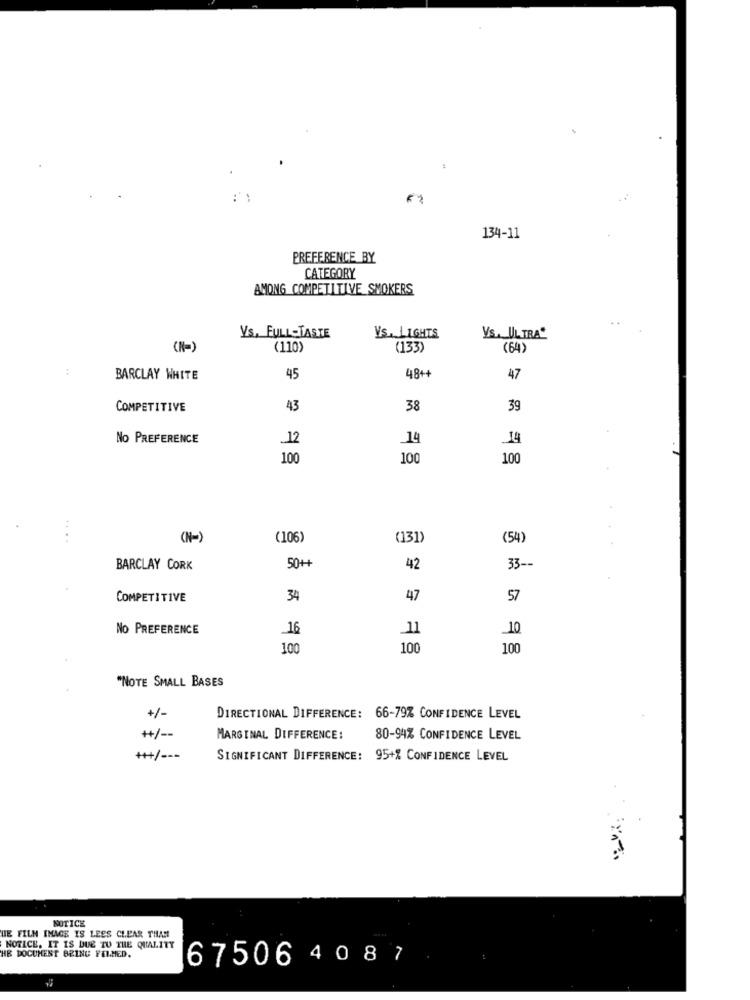
134-11
PREFERENCE BY
CATEGORY
AMONG COMPETITIVE SMOKERS
Ys. FULL-TASTE
Vs. LIGHTS
Ys. ULTRA"
(N=)
(110)
(133)
(64)
:
48++
BARCLAY WHITE
45
47
COMPETITIVE
43
38
39
No PREFERENCE
12
14
14
100
100
100
....
(N=)
(106)
(131)
(54)
50++
BARCLAY CORK
42
33 --
COMPETITIVE
34
47
57
No PREFERENCE
16
_11
10
100
100
100
"NOTE SMALL BASES
+/-
DIRECTIONAL DIFFERENCE: 66-79% CONFIDENCE LEVEL
+/ --
MARGINAL DIFFERENCE:
80-94% CONFIDENCE LEVEL
+++/ ---
SIGNIFICANT DIFFERENCE: 95+% CONFIDENCE LEVEL
NOTICE
UE FILN IMAGE IS LEES CLEAR THAN
NOTICE. IT IS DUE TO THE QUALITY
HE DOCUMENT BEING FELMED.
67506 4 087